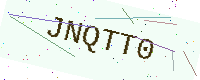
Text: JNQTT0